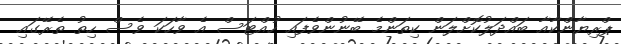
ޕްރިޔާންކާއާ ބައްދަލުކޮށްލަން ކިތަންމެ ބޭނުންވެފައި ހުއްޓަސް އެ ވާހަކަ ވެސް ހިތު ތެރޭގައި